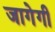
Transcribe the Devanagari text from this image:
जागेगी